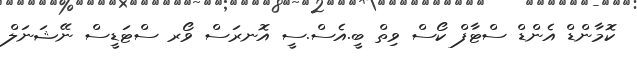
ކޮމާންޑް އެންޑް ސްޓާފް ކޯސް ވިތް ބީ.އެސް.ސީ އޮނރަސް ވޯރ ސްޓަޑީސް ނޭޝަނަލް